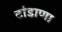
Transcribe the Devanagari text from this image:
टांडाणा